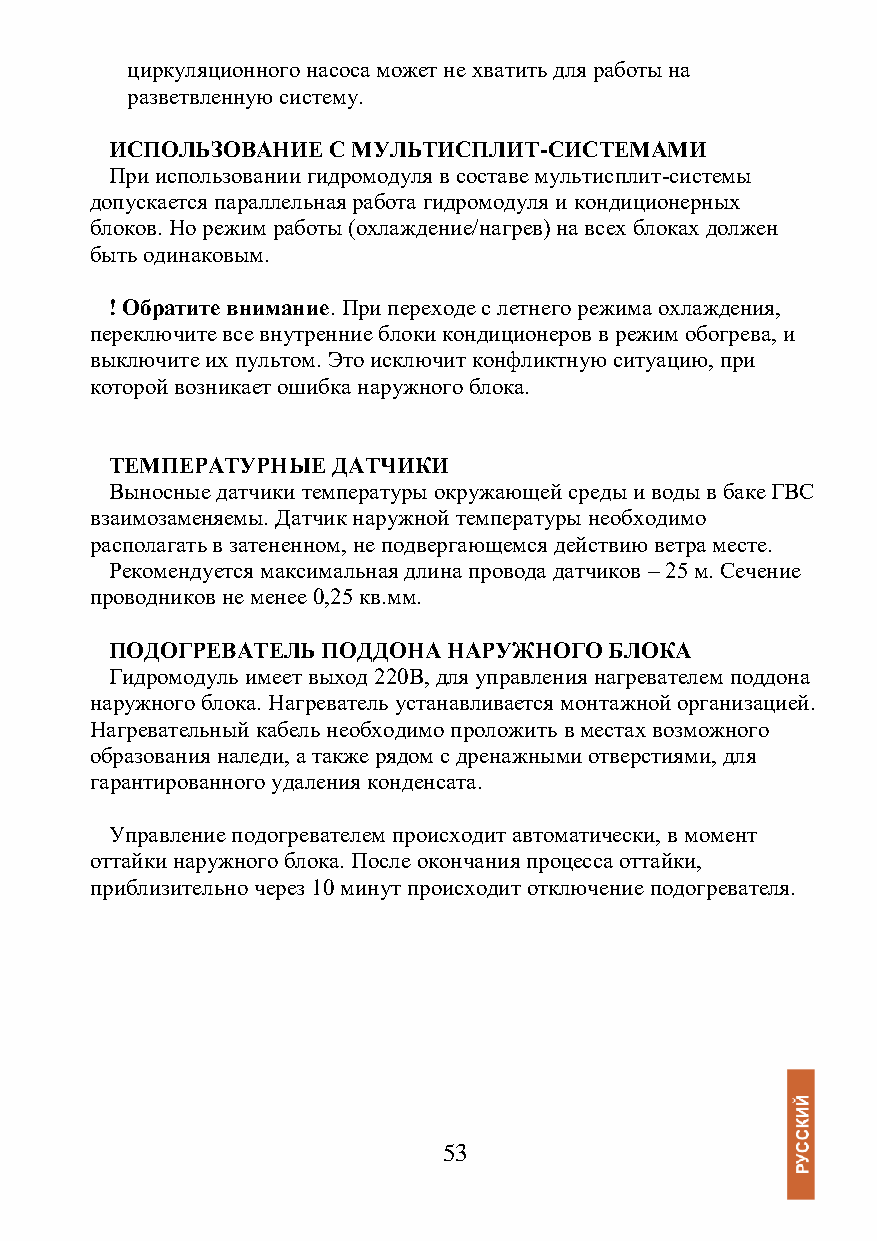
циркуляционного насоса может не хватить для работы на
 разветвленную систему.
 ИСПОЛЬЗОВАНИЕ  С МУЛЬТИСПЛИТ-СИСТЕМАМИ
 При использовании гидромодуля в составе мультисплит-системы
 допускается параллельная работа гидромодуля и кондиционерных
 блоков. Но режим работы (охлаждение/нагрев) на всех блоках должен
 быть одинаковым.
 ! Обратите внимание. При переходе с летнего режима охлаждения,
 переключите все внутренние блоки кондиционеров в режим обогрева, и
 выключите их пультом. Это исключит конфликтную ситуацию, при
 которой возникает ошибка наружного блока.
 ТЕМПЕРАТУРНЫЕ  ДАТЧИКИ
 Выносные датчики температуры окружающей среды и воды в баке ГВС
 взаимозаменяемы. Датчик наружной температуры необходимо
 располагать в затененном, не подвергающемся действию ветра месте.
 Рекомендуется максимальная длина провода датчиков – 25 м. Сечение
 проводников не менее 0,25 кв.мм.
 ПОДОГРЕВАТЕЛЬ ПОДДОНА  НАРУЖНОГО БЛОКА
 Гидромодуль имеет выход 220В, для управления нагревателем поддона
 наружного блока. Нагреватель устанавливается монтажной организацией.
 Нагревательный кабель необходимо проложить в местах возможного
 образования наледи, а также рядом с дренажными отверстиями, для
 гарантированного удаления конденсата.
 Управление подогревателем происходит автоматически, в момент
 оттайки наружного блока. После окончания процесса оттайки,
 приблизительно через 10 минут происходит отключение подогревателя.
 53